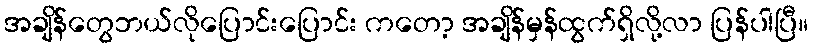
အချိန်တွေဘယ်လိုပြောင်းပြောင်း ကတော့ အချိန်မှန်ထွက်ရှိလို့လာ ပြန်ပါပြီ။